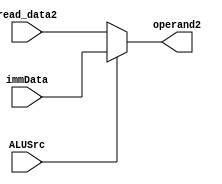
`timescale 1ns / 1ps
//////////////////////////////////////////////////////////////////////////////////
// Company: 
// Engineer: 
// 
// Design Name: 
// Module Name: ALUSrc_Mux
// Project Name: 
// Target Devices: 
// Tool Versions: 
// Description: 
// 
// Dependencies: 
// 
// Revision:
// Revision 0.01 - File Created
// Additional Comments:
// 
//////////////////////////////////////////////////////////////////////////////////


module ALUSrc_Mux(
    input [31:0] read_data2,
    input [31:0] immData,
    input ALUSrc,
    output [31:0] operand2
    );
    
    assign operand2 = (ALUSrc == 1'b0) ? read_data2 : immData;
    
endmodule